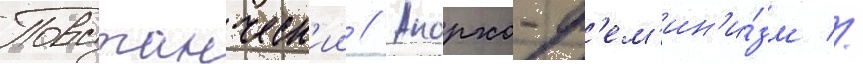
Повстанческ'ии // Анархо-ф'ем'ин'и́зм //